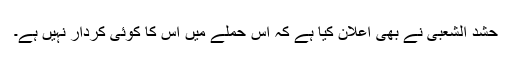
حشد الشعبی نے بھی اعلان کیا ہے کہ اس حملے میں اس کا کوئی کردار نہیں ہے۔